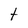
Character: t